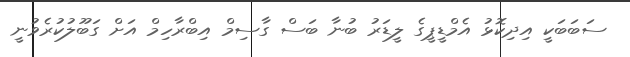
ސަބަބަކީ އިދިކޮޅު އެމްޑީޕީގެ ލީޑަރު ބުނާ ބަސް ގާސިމް އިބްރާހިމް އަށް ގަބޫލުކުރެވުނީ